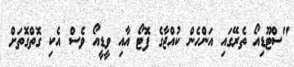
"ސްޓޫޑިއޯ ތެރޭގައި އަންހެން ކުއްޖާގެ ފޮޓޯ އާއި ވީޑީއޯ ވެސް އެކި ގޮތްގޮތަށް